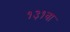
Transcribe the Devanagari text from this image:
१३१वा